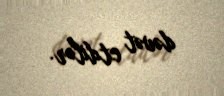
dəvət etdilər.